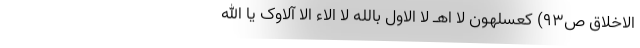
الاخلاق ص۹۳) کعسلهون لا اهـ لا الاول بالله لا الاء الا آلاوک یا الله